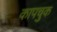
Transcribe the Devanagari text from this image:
कापचुक